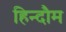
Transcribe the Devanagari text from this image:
हिन्दौम